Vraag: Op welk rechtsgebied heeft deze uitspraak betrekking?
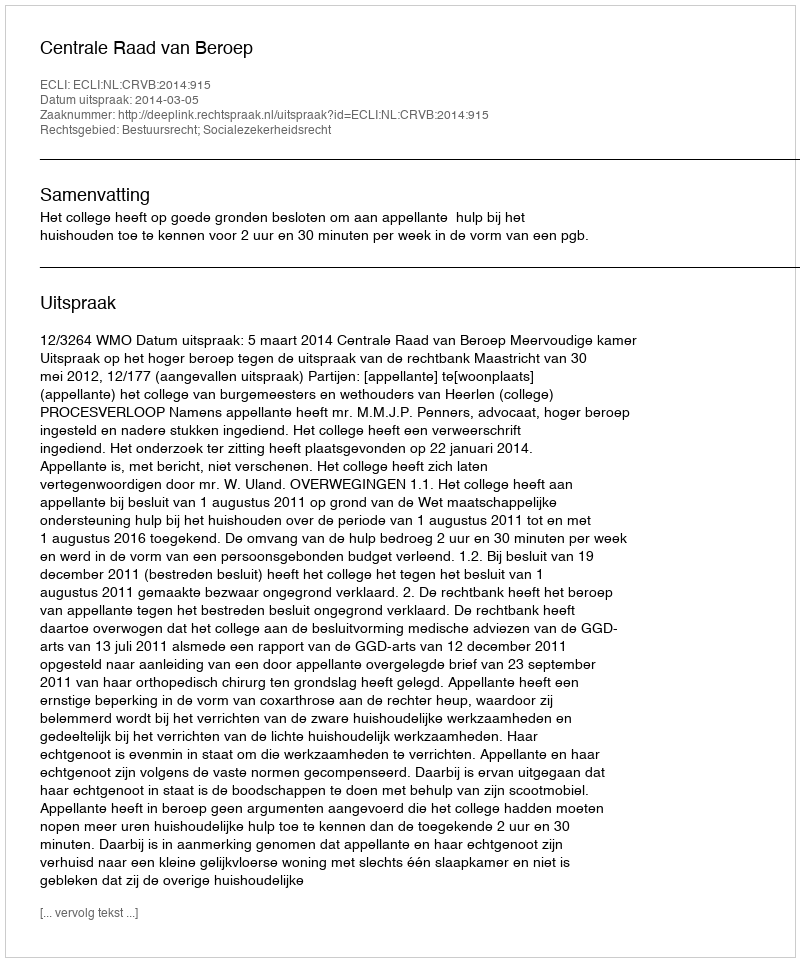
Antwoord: Bestuursrecht; Socialezekerheidsrecht